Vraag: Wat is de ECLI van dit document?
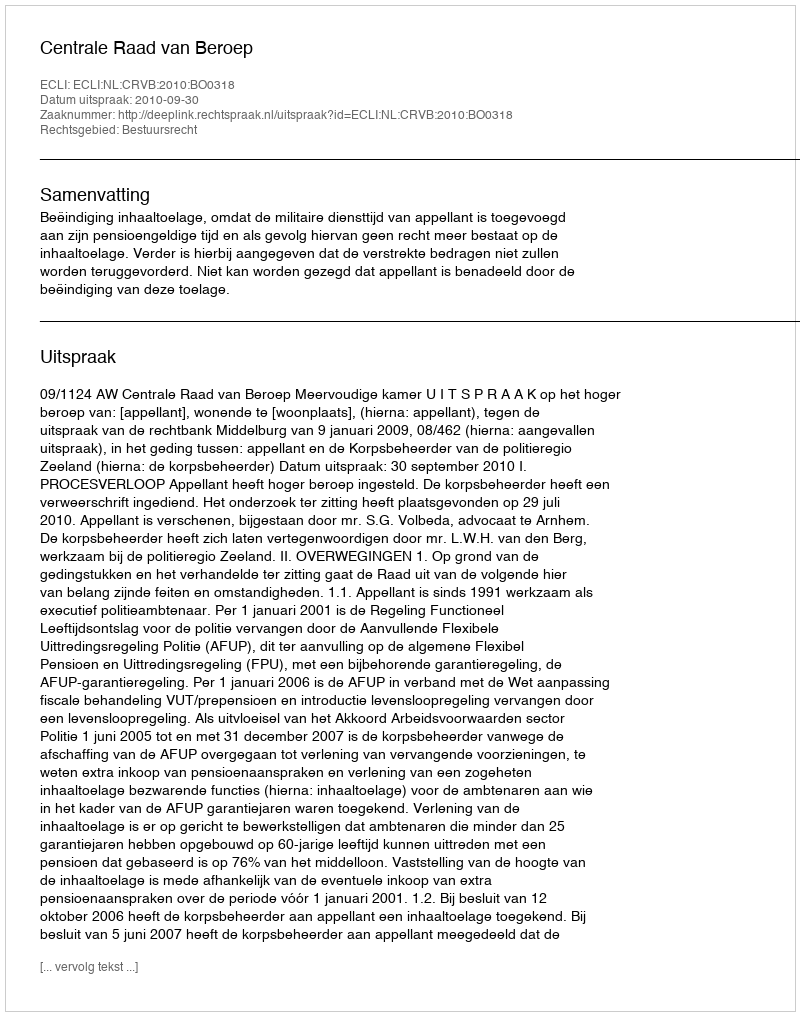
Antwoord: ECLI:NL:CRVB:2010:BO0318